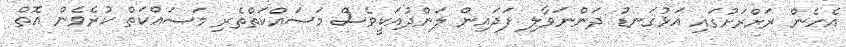
އެހެން ރަށްރަށުގައި އަޅުގަނޑު ދަންނަވާލި ފަދައިން ލަންދުއަކީވެސް މަސައްކަތްތެރި މަސައްކަތް ކުރެވެން އޮތް